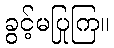
ခွင့်မပြုကြ။